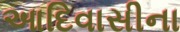
આદિવાસીના